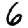
Digit: 6